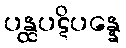
ပန္ထပဋိပန္နေ